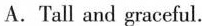
A.Tall and graceful.